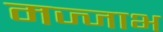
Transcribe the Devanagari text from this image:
मज्जाभ